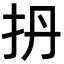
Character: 𫼘